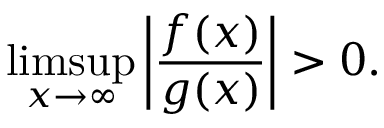
\operatorname* { l i m s u p } _ { x \to \infty } \left| { \frac { f ( x ) } { g ( x ) } } \right| > 0 .